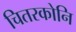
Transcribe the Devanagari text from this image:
चितरकोनि